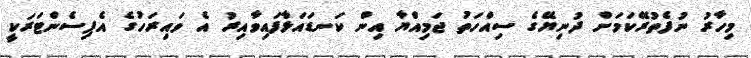
މިހާރު ނުފެތުރޭކަމަށް ދުނިޔޭގެ ސިއްހަތު ޖަމިއްޔާ އިން ކަނޑައަޅާފައިވާއިރު އެ ވައިރަހުގެ އެޕިސެންޓަރަކީ